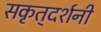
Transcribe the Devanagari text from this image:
सकृत्‌दर्शनी